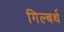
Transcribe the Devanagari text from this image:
गिल्बर्थ